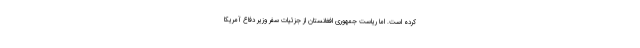
کرده است. اما ریاست جمهوری افغانستان از جزئیات سفر وزیر دفاع آمریکا